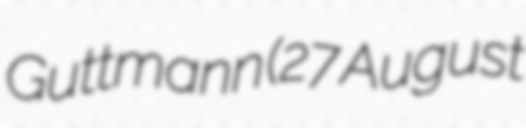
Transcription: Guttmann (27 August